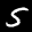
Digit: 5